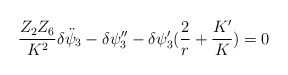
\begin{align*}{Z_2 Z_6 \over K^2}\delta\ddot{ \psi}_3 - \delta \psi_3'' - \delta \psi_3' ({2 \over r} +{K' \over K}) =0 \end{align*}